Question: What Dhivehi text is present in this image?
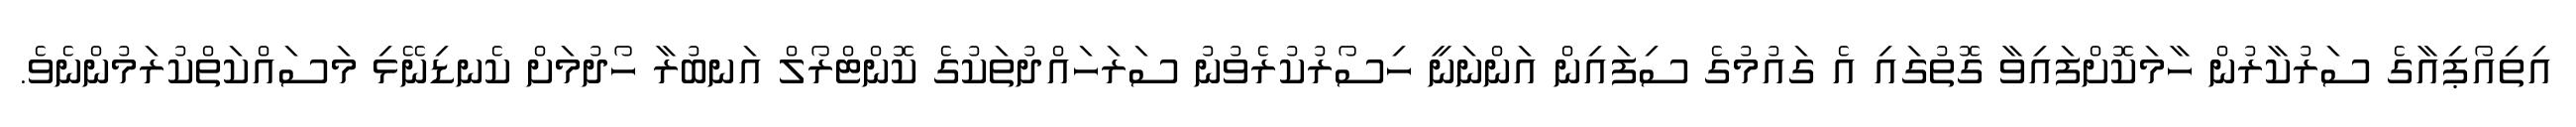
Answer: އިތިއޯޕިއާގެ ސަރުކާރުން ހާމަކޮށްފައިވާ ގޮތުގައި އެ ގައުމުގެ ސިފައިން އަންނަނީ ހިސޯރުކުރެވުނު ސަރަހައްދުތަކުގެ ކޮންޓްރޯލް އަނބުރާ ހޯދުމަށް ކެނޑިނޭޅި މަސައްކަތްކުރަމުންނެވެ.